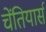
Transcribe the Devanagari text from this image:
चेंतियार्स